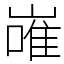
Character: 嶉